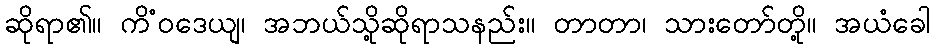
ဆိုရာ၏။ ကိံဝဒေယျ၊ အဘယ်သို့ဆိုရာသနည်း။ တာတာ၊ သားတော်တို့။ အယံခေါ